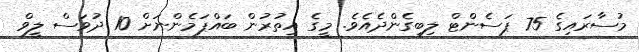
މުސާރައިގެ 75 ޕަސެންޓް ލިބިގެންދެއެވެ. މީގެ އިތުރުން ބައްޕަމެންނަށް 10 ދުވަސް ލީވް